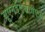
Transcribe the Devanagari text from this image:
यूएनईएससीएपी